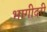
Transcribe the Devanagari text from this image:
भागीदरी